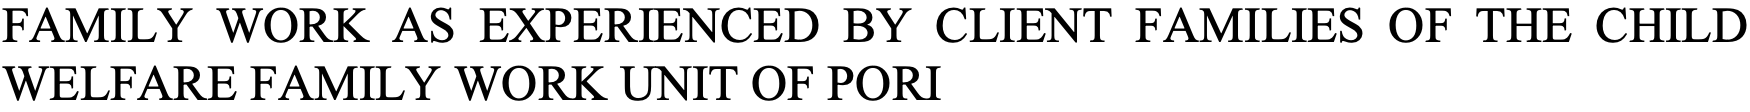
FAMILY  WORK AS EXPERIENCED BY CLIENT FAMILIES OF THE CHILD WELFARE  FAMILY WORK UNIT OF PORI